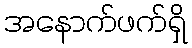
အနောက်ဖက်ရှိ